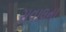
સવાલના